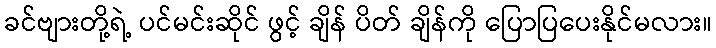
ခင်ဗျားတို့ရဲ့ ပင်မင်းဆိုင် ဖွင့် ချိန် ပိတ် ချိန်ကို ပြောပြပေးနိုင်မလား။